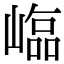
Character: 𡻫